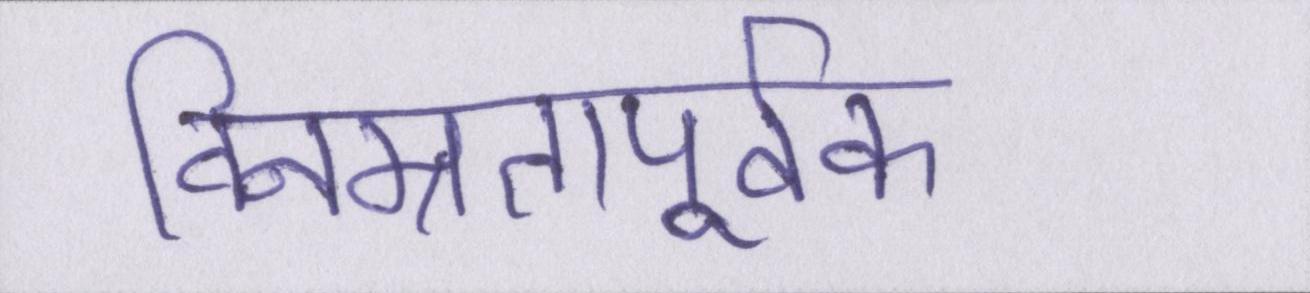
विनम्रतापूर्वक